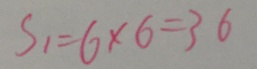
S _ { 1 } = 6 \times 6 = 3 6